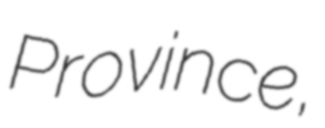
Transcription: Province,